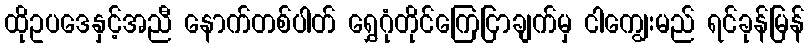
ထိုဥပဒေနှင့်အညီ နောက်တစ်ပါတ် ရွှေဂုံတိုင်ကြေငြာချက်မှ ငါကျွေးမည် ရင်ခုန်မြန်